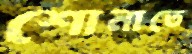
শোনাতে